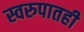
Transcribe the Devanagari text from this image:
स्वरुपातही